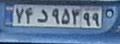
۷۴د۹۵۳۹۹